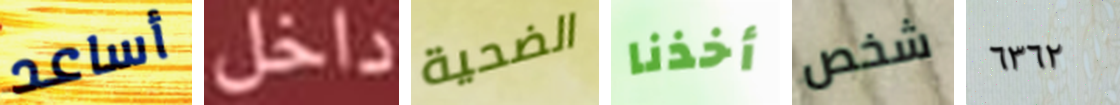
أساعد داخل الضحية أخذنا شخص ٦٣٦٢